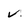
Character: v